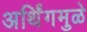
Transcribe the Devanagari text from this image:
अर्थिंगमुळे